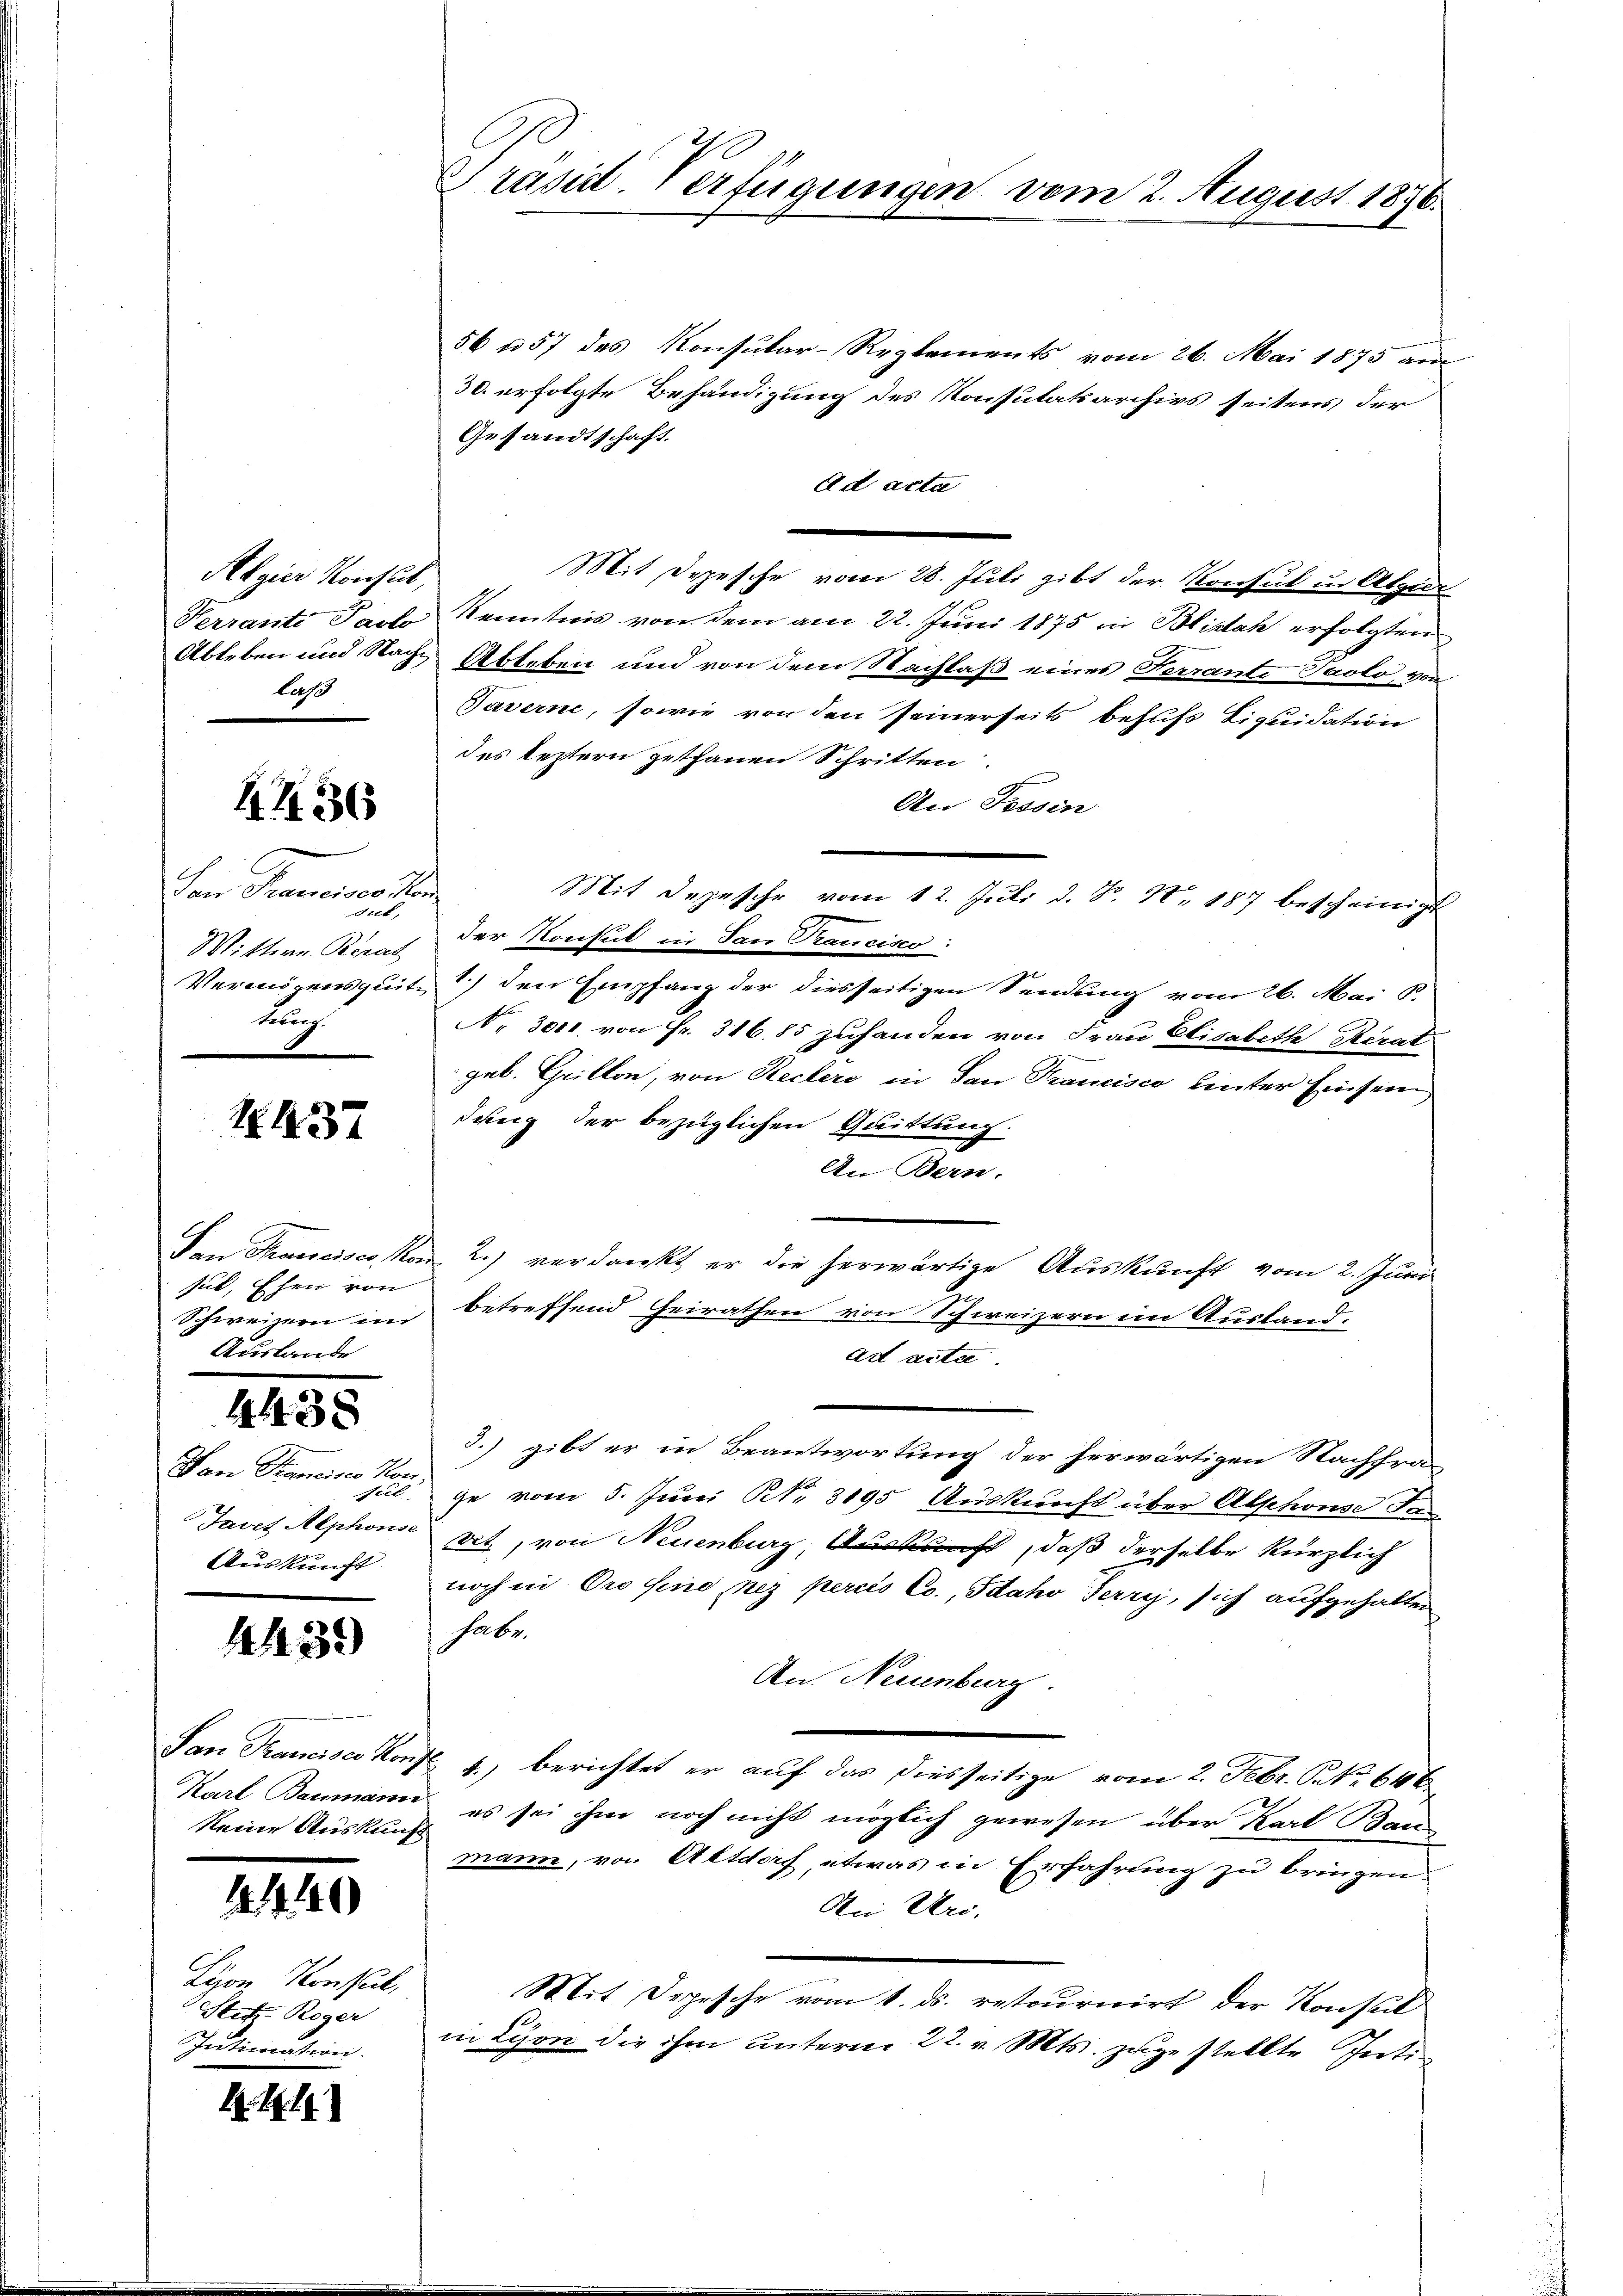
Algier Konseit,
lass

4436

Von Franciers ste
dret,
Wittern Berat
kung.

1437

sul, Ehen von
Auslande

4438

San Francisco von
Javet Alphonse
Auskunft

443)

keine Auskunft

1440

Lion Konseil,
Stich. Roger
Intimation.

R. 21

56 n 57 des Konsular-Reglements vom 26. Mai 1875 am
30. erfolgte Behändigung des Konsutatsarchivs seitens der
Gesandtschaft.
Ad acta
Mit Depesche vom 28. Juli gibt der Konsul in Algier
Verrante Paolo Kenntnis von dem am 22. Juni 1875 in Blidah erfolgten
Ableben und Sache Ableben und von dem Nachlaß eines Terrante Paolo, von
Taverne, sowie von den seinerseits behufs Liquidation
des leztern gethanen Schritten.
An Tessin
Mit Depesche vom 12. Juli d. J. N. 187 bescheinigt
der Konsul in San Tauciso:
Vermögensquit) den Empfang der diesseitigen Sendung vom 26. Mai d.
No 3011 von Fr. 316.85 zuhanden von Frau Elisabeth Berat
geb. Grillon, von Reclers in San Francisco unter Einsein
dung der bezüglichen Quittung.
An Bern.
Den Trancisco, Kam 2.) verdankt er die herwärtige Auskunft vom 2. Juni
Schweizern im betreffend Heirathen von Schweizern im Auslandad acta
3.) gibt er in Beantwortung der herwärtigen Nachfra
sil. ge vom 5. Juni N. 3195 Auskunft über Abschons Tan
det, von Neuenburg, Auskunft, daß derselbe kürzlich
noch in Pro sind, nez percis Co., Idaho Terry, sich aufgehalten
habe.
An Neuenburg.
San Francisco Konst 4.) berichtet er auf das diesseitige vom 2. Febr. S. 646
Karl Baumann es sei ihm noch nicht möglich gewesen über Karl Bau
mann, von Altdorf, etwas in Erfahrung zu bringen.
An Uri.
Mit Depesche vom 1. ds. retournirt der Konsul
in Lyon die ihm unterm 22. v. Mts. zugestellte Inti¬

Präsid. Verfügungen vom 2. August 1876.